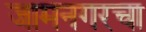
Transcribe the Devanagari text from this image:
जामनगरचा